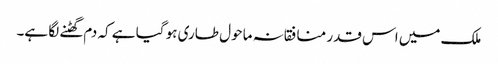
ملک میں اس قدر منافقانہ ماحو ل طاری ہو گیا ہے کہ دم گھٹنے لگا ہے۔